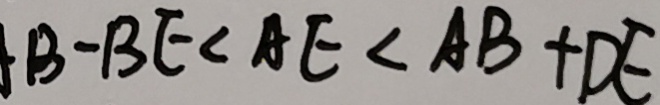
B - B E < A E < A B + D E